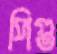
পিগু